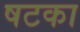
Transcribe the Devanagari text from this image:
षटका